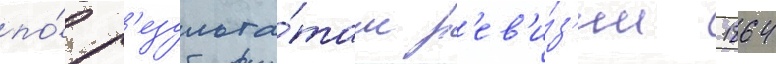
по́ р'езульта́там р'ев'и́з'ии 1864